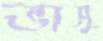
ভাসু